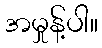
အမှုန့်ပါ။